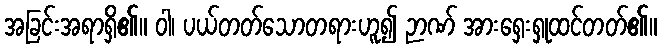
အခြင်းအရာရှိ၏။ ဝါ၊ ပယ်တတ်သောတရားဟူ၍ ဉာဏ် အားရှေးရှုထင်တတ်၏။